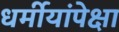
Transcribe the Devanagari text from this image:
धर्मीयांपेक्षा